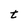
Character: t